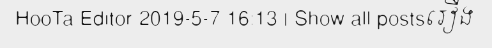
HooTa Editor 2019-5-7 16:13 | Show all postsរឿង